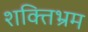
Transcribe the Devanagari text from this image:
शक्तिभ्रम